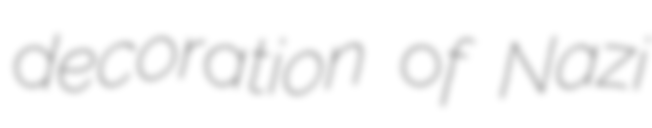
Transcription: decoration of Nazi